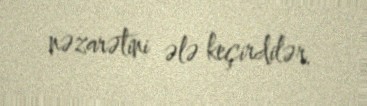
nəzarətini ələ keçirdilər.